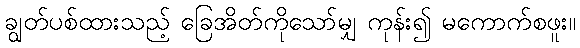
ချွတ်ပစ်ထားသည့် ခြေအိတ်ကိုသော်မျှ ကုန်း၍ မကောက်စဖူး။